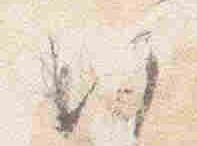
候